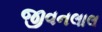
જીવનલાલ